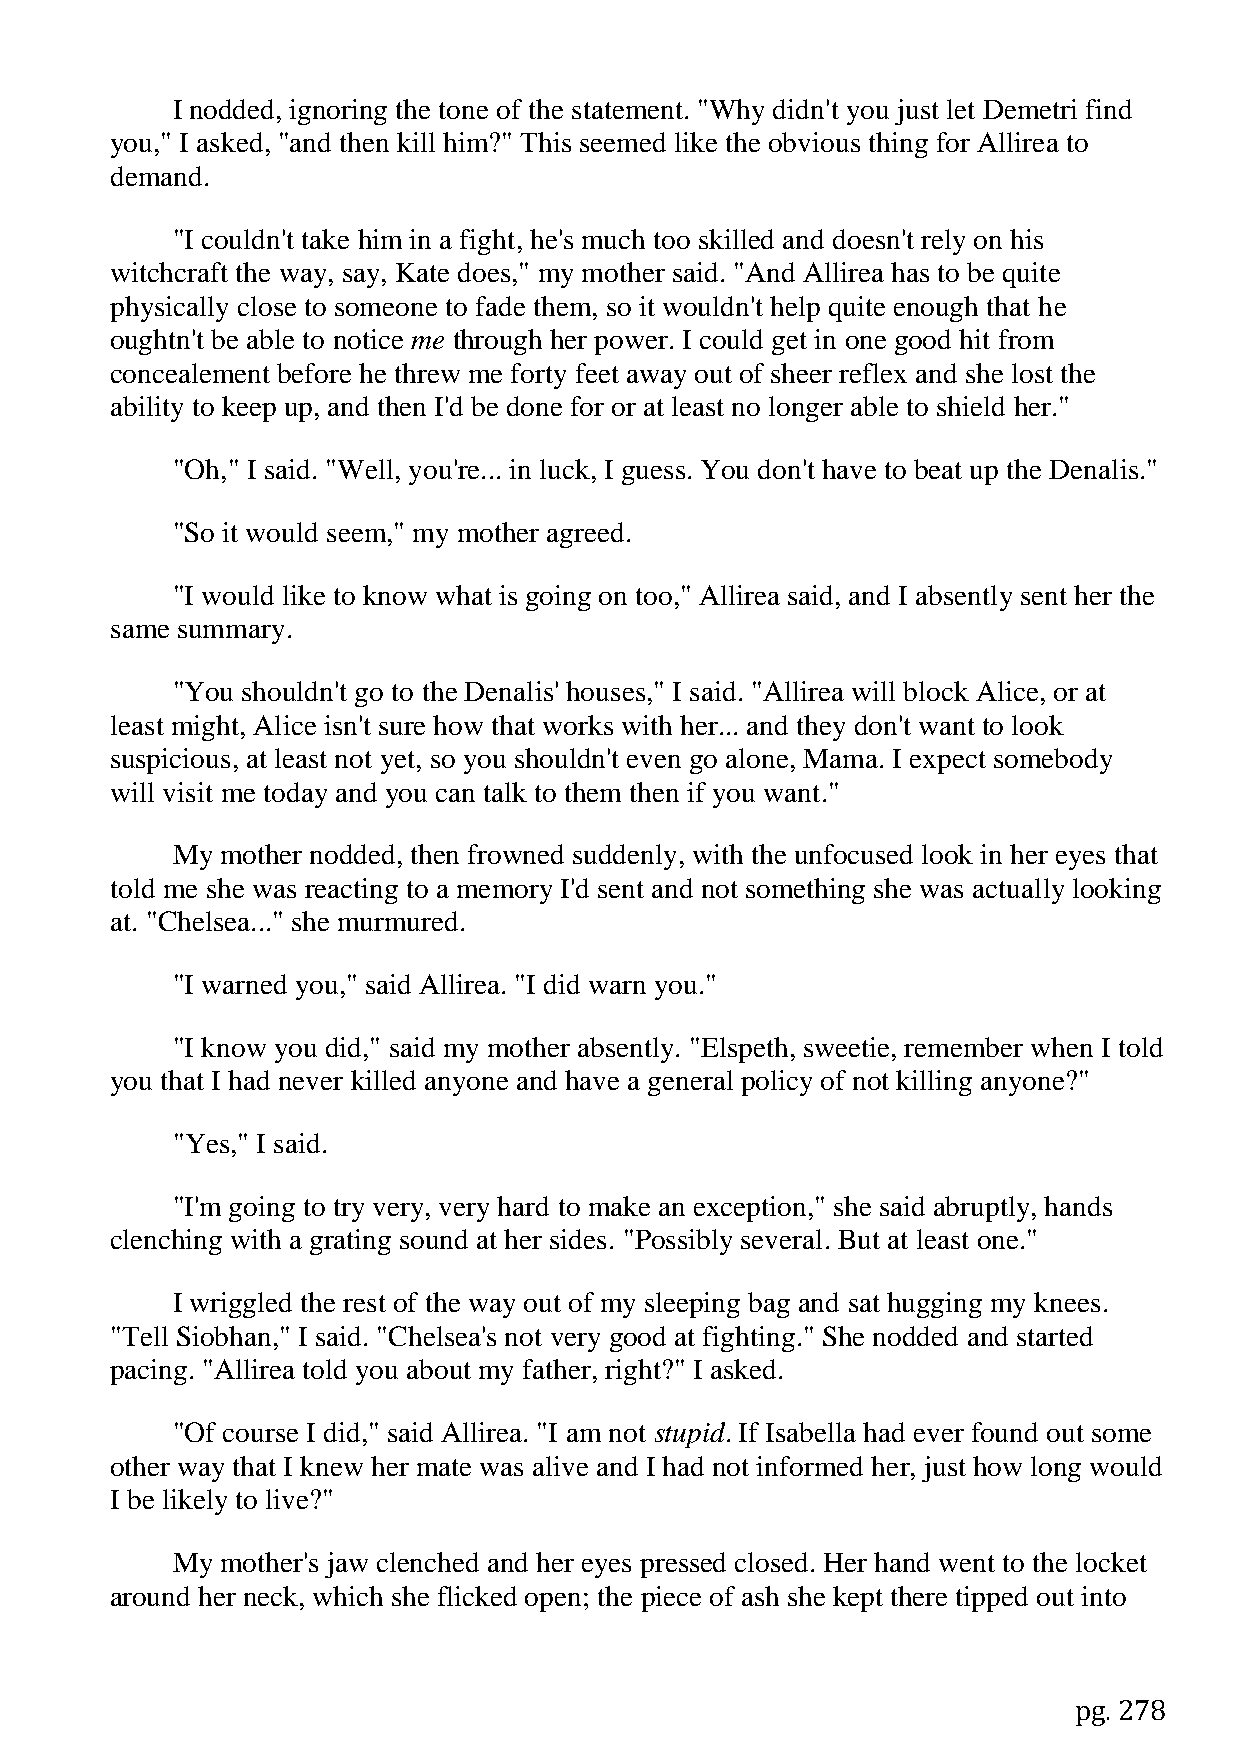
I nodded, ignoring the tone of the statement. "Why didn't you just let Demetri find
 you," I asked, "and then kill him?" This seemed like the obvious thing for Allirea to
 demand.
 "I couldn't take him in a fight, he's much too skilled and doesn't rely on his
 witchcraft the way, say, Kate does," my mother said. "And Allirea has to be quite
 physically close to someone to fade them, so it wouldn't help quite enough that he
 oughtn't be able to notice me through her power. I could get in one good hit from
 concealement before he threw me forty feet away out of sheer reflex and she lost the
 ability to keep up, and then I'd be done for or at least no longer able to shield her."
 "Oh," I said. "Well, you're... in luck, I guess. You don't have to beat up the Denalis."
 "So it would seem," my mother agreed.
 "I would like to know what is going on too," Allirea said, and I absently sent her the
 same summary.
 "You shouldn't go to the Denalis' houses," I said. "Allirea will block Alice, or at
 least might, Alice isn't sure how that works with her... and they don't want to look
 suspicious, at least not yet, so you shouldn't even go alone, Mama. I expect somebody
 will visit me today and you can talk to them then if you want."
 My  mother nodded, then frowned suddenly, with the unfocused look in her eyes that
 told me she was reacting to a memory I'd sent and not something she was actually looking
 at. "Chelsea..." she murmured.
 "I warned you," said Allirea. "I did warn you."
 "I know you did," said my mother absently. "Elspeth, sweetie, remember when I told
 you that I had never killed anyone and have a general policy of not killing anyone?"
 "Yes," I said.
 "I'm going to try very, very hard to make an exception," she said abruptly, hands
 clenching with a grating sound at her sides. "Possibly several. But at least one."
 I wriggled the rest of the way out of my sleeping bag and sat hugging my knees.
 "Tell Siobhan," I said. "Chelsea's not very good at fighting." She nodded and started
 pacing. "Allirea told you about my father, right?" I asked.
 "Of course I did," said Allirea. "I am not stupid. If Isabella had ever found out some
 other way that I knew her mate was alive and I had not informed her, just how long would
 I be likely to live?"
 My  mother's jaw clenched and her eyes pressed closed. Her hand went to the locket
 around her neck, which she flicked open; the piece of ash she kept there tipped out into
 pg. 278